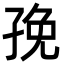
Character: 㝃